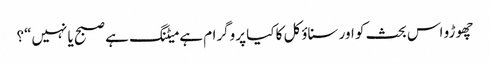
چھوڑو اس بحث کو اور سناؤکل کا کیا پروگرام ہے میٹنگ ہے صبح یا نہیں“؟